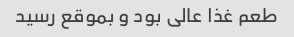
طعم غذا عالی بود و بموقع رسید